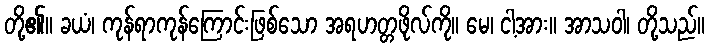
တို့၏။ ခယံ၊ ကုန်ရာကုန်ကြောင်းဖြစ်သော အရဟတ္တဖိုလ်ကို။ မေ၊ ငါ့အား။ အာသဝါ၊ တို့သည်။